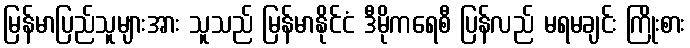
မြန်မာပြည်သူများအား သူသည် မြန်မာနိုင်ငံ ဒီမိုကရေစီ ပြန်လည် မရမချင်း ကြိုးစား